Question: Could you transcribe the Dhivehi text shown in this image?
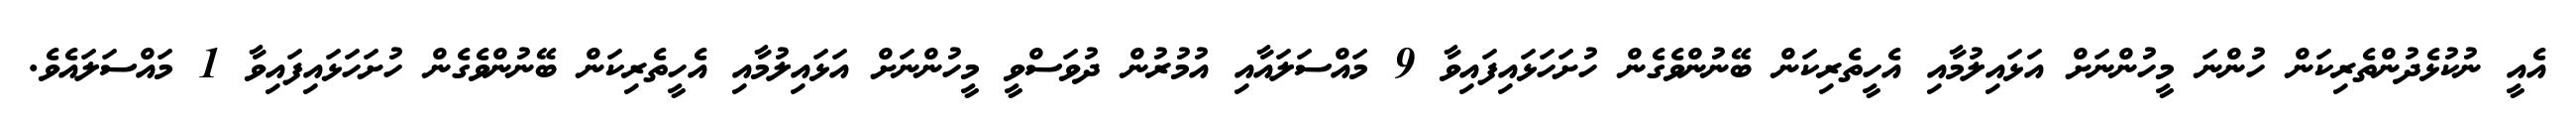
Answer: އެއީ ނުކުޅެދުންތެރިކަން ހުންނަ މީހުންނަށް އަޅައިލުމާއި އެހީތެރިކަން ބޭނުންވެގެން ހުށަހަޅައިފައިވާ 9 މައްސަލައާއި އުމުރުން ދުވަސްވީ މީހުންނަށް އަޅައިލުމާއި އެހީތެރިކަން ބޭނުންވެގެން ހުށަހަޅައިފައިވާ 1 މައްސަލައެވެ.